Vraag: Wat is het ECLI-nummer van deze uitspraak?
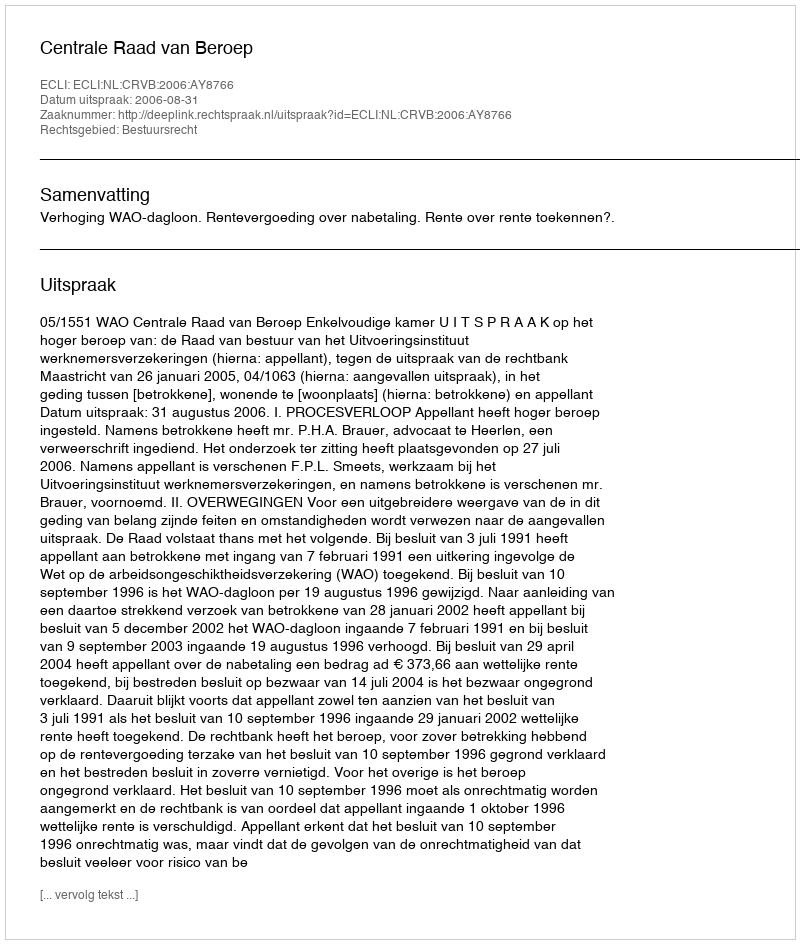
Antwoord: ECLI:NL:CRVB:2006:AY8766